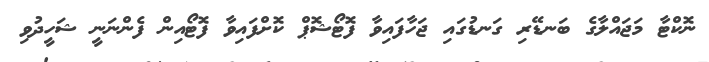
ނޮކްޓާ މަޖައްލާގެ ބަނޑޭރި ގަނޑުގައި ޖަހާފައިވާ ފޮޓޯޝޮޕް ކޮށްފައިވާ ފޮޓޯއިން ފެންނަނީ ޝަހީދުވި